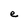
Character: e